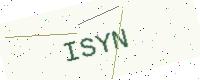
Text: ISYN